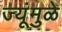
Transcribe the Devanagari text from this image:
ज्यूंमुळे